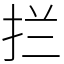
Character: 拦